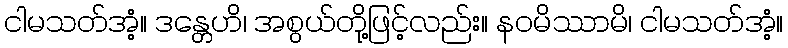
ငါမသတ်အံ့။ ဒန္တေဟိ၊ အစွယ်တို့ဖြင့်လည်း။ နဝမိဿာမိ၊ ငါမသတ်အံ့။